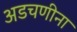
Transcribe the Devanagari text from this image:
अडचणीना